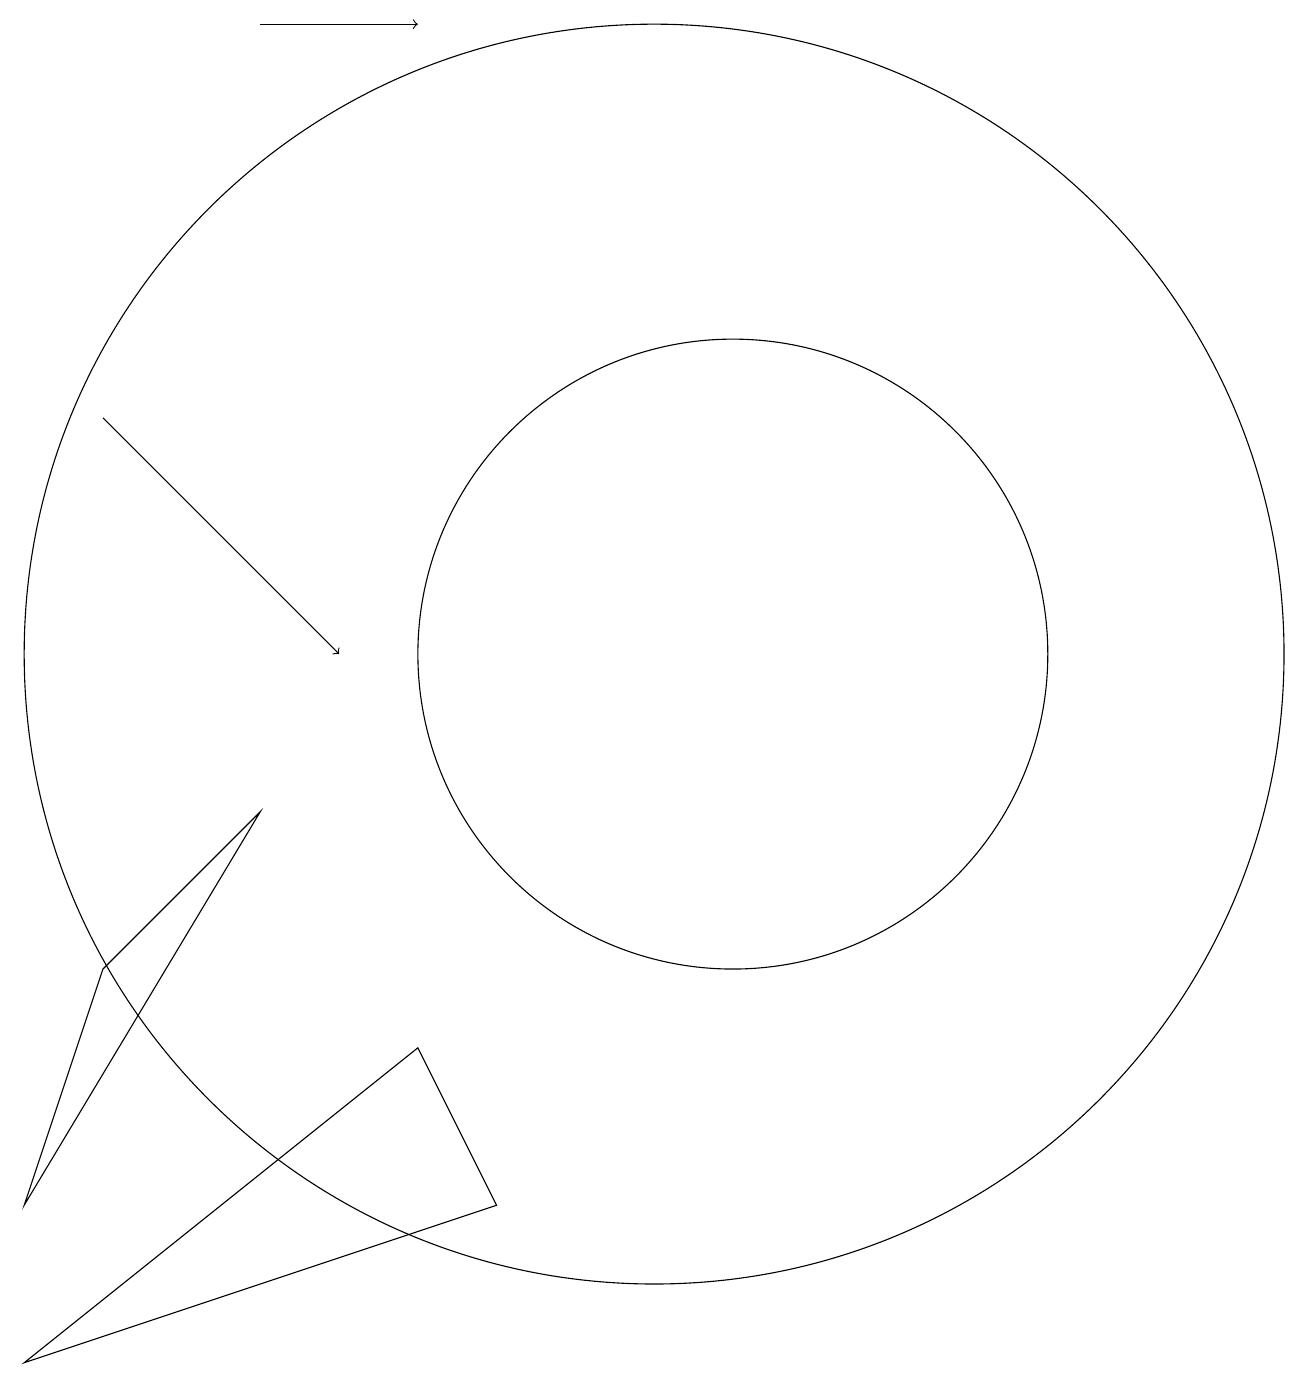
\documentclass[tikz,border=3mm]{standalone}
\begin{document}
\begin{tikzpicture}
\draw (6,14) rectangle (6,14);
\draw (11,10) circle (0);
\draw[->] (6,19) -- (8,19);
\draw (11,11) circle (8);
\draw (12,11) circle (4);
\draw[->] (4,14) -- (7,11);
\draw (4,7) -- (6,9) -- (3,4) -- cycle;
\draw (8,6) -- (3,2) -- (9,4) -- cycle;
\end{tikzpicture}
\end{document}